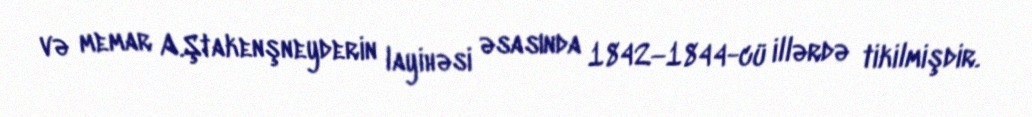
və memar A.Ştakenşneyderin layihəsi əsasında 1842—1844-cü illərdə tikilmişdir.